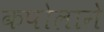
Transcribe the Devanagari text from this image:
कपोलाने